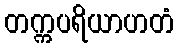
တက္ကပရိယာဟတံ